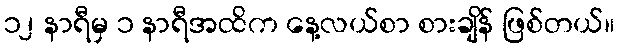
၁၂ နာရီမှ ၁ နာရီအထိက နေ့လယ်စာ စားချိန် ဖြစ်တယ်။